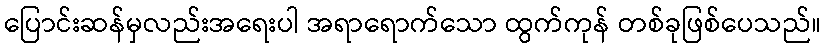
ပြောင်းဆန်မှလည်းအရေးပါ အရာရောက်သော ထွက်ကုန် တစ်ခုဖြစ်ပေသည်။